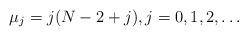
LaTeX: \begin{align*}\mu_j = j(N-2+j), j=0,1,2,\dots\end{align*}